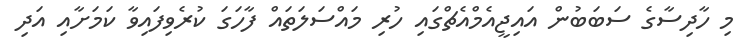
މި ހާދިސާގެ ސަބަބުން އައިޖީއެމްއެޗްގައި ހުރި މައްސަލަތައް ފާހަގަ ކުރެވިފައިވާ ކަމަށާއި އަދި